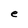
Character: e